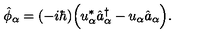
\hat { \phi } _ { \alpha } = ( - i \hbar ) \Bigl ( u _ { \alpha } ^ { * } \hat { a } _ { \alpha } ^ { \dagger } - u _ { \alpha } \hat { a } _ { \alpha } \Bigr ) .